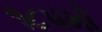
૧૮૫મો